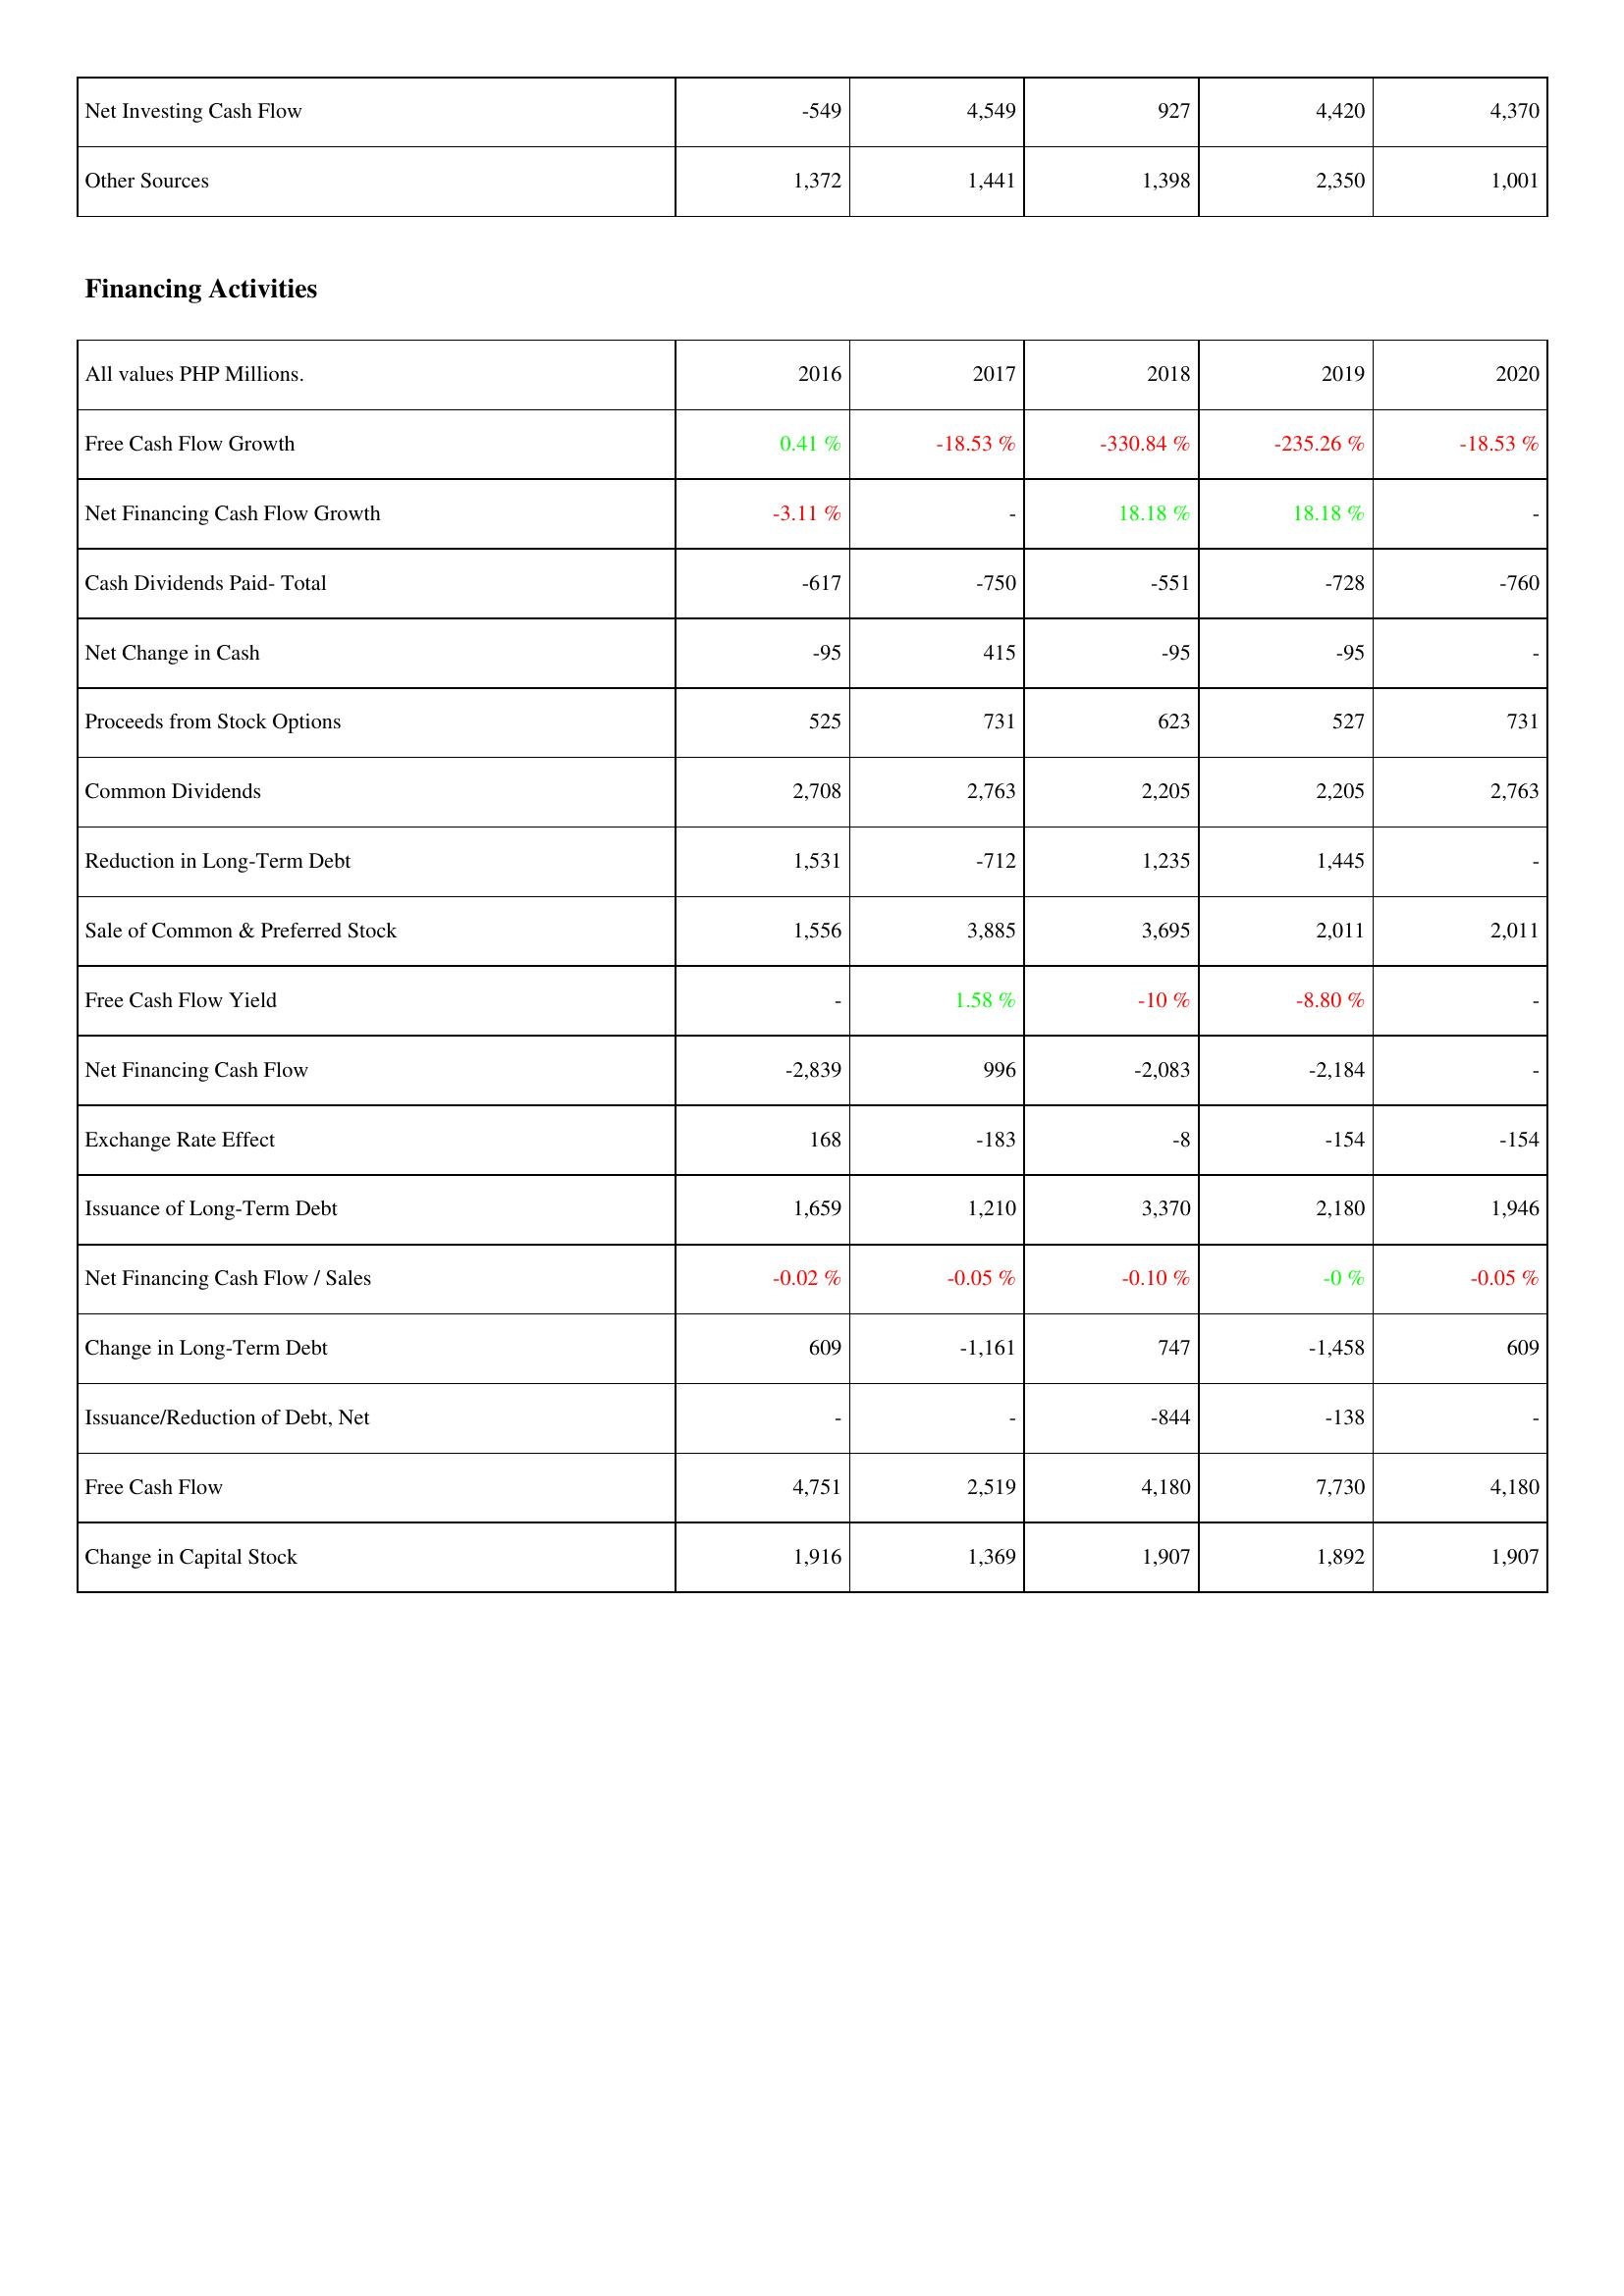
2016: Investing Activities: Net Investing Cash Flow: -549
Other Sources: 1,372
Financing Activities: Free Cash Flow Growth: 0.41 %
Net Financing Cash Flow Growth: -3.11 %
Cash Dividends Paid- Total: -617
Net Change in Cash: -95
Proceeds from Stock Options: 525
Common Dividends: 2,708
Reduction in Long-Term Debt: 1,531
Sale of Common & Preferred Stock: 1,556
Free Cash Flow Yield: -
Net Financing Cash Flow: -2,839
Exchange Rate Effect: 168
Issuance of Long-Term Debt: 1,659
Net Financing Cash Flow / Sales: -0.02 %
Change in Long-Term Debt: 609
Issuance/Reduction of Debt, Net: -
Free Cash Flow: 4,751
Change in Capital Stock: 1,916
2017: Investing Activities: Net Investing Cash Flow: 4,549
Other Sources: 1,441
Financing Activities: Free Cash Flow Growth: -18.53 %
Net Financing Cash Flow Growth: -
Cash Dividends Paid- Total: -750
Net Change in Cash: 415
Proceeds from Stock Options: 731
Common Dividends: 2,763
Reduction in Long-Term Debt: -712
Sale of Common & Preferred Stock: 3,885
Free Cash Flow Yield: 1.58 %
Net Financing Cash Flow: 996
Exchange Rate Effect: -183
Issuance of Long-Term Debt: 1,210
Net Financing Cash Flow / Sales: -0.05 %
Change in Long-Term Debt: -1,161
Issuance/Reduction of Debt, Net: -
Free Cash Flow: 2,519
Change in Capital Stock: 1,369
2018: Investing Activities: Net Investing Cash Flow: 927
Other Sources: 1,398
Financing Activities: Free Cash Flow Growth: -330.84 %
Net Financing Cash Flow Growth: 18.18 %
Cash Dividends Paid- Total: -551
Net Change in Cash: -95
Proceeds from Stock Options: 623
Common Dividends: 2,205
Reduction in Long-Term Debt: 1,235
Sale of Common & Preferred Stock: 3,695
Free Cash Flow Yield: -10 %
Net Financing Cash Flow: -2,083
Exchange Rate Effect: -8
Issuance of Long-Term Debt: 3,370
Net Financing Cash Flow / Sales: -0.10 %
Change in Long-Term Debt: 747
Issuance/Reduction of Debt, Net: -844
Free Cash Flow: 4,180
Change in Capital Stock: 1,907
2019: Investing Activities: Net Investing Cash Flow: 4,420
Other Sources: 2,350
Financing Activities: Free Cash Flow Growth: -235.26 %
Net Financing Cash Flow Growth: 18.18 %
Cash Dividends Paid- Total: -728
Net Change in Cash: -95
Proceeds from Stock Options: 527
Common Dividends: 2,205
Reduction in Long-Term Debt: 1,445
Sale of Common & Preferred Stock: 2,011
Free Cash Flow Yield: -8.80 %
Net Financing Cash Flow: -2,184
Exchange Rate Effect: -154
Issuance of Long-Term Debt: 2,180
Net Financing Cash Flow / Sales: -0 %
Change in Long-Term Debt: -1,458
Issuance/Reduction of Debt, Net: -138
Free Cash Flow: 7,730
Change in Capital Stock: 1,892
2020: Investing Activities: Net Investing Cash Flow: 4,370
Other Sources: 1,001
Financing Activities: Free Cash Flow Growth: -18.53 %
Net Financing Cash Flow Growth: -
Cash Dividends Paid- Total: -760
Net Change in Cash: -
Proceeds from Stock Options: 731
Common Dividends: 2,763
Reduction in Long-Term Debt: -
Sale of Common & Preferred Stock: 2,011
Free Cash Flow Yield: -
Net Financing Cash Flow: -
Exchange Rate Effect: -154
Issuance of Long-Term Debt: 1,946
Net Financing Cash Flow / Sales: -0.05 %
Change in Long-Term Debt: 609
Issuance/Reduction of Debt, Net: -
Free Cash Flow: 4,180
Change in Capital Stock: 1,907